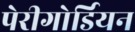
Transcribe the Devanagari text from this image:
पेरीगोर्डियन